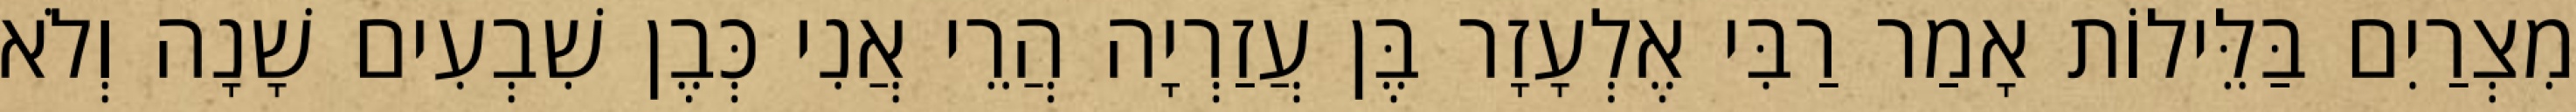
מִצְרַיִם בַּלֵּילוֹת אָמַר רַבִּי אֶלְעָזָר בֶּן עֲזַרְיָה הֲרֵי אֲנִי כְּבֶן שִׁבְעִים שָׁנָה וְלֹא